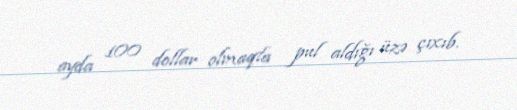
ayda 100 dollar olmaqla pul aldığı üzə çıxıb.